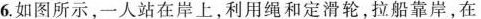
6.如图所示，一人站在岸上，利用绳和定滑轮，拉船靠岸，在